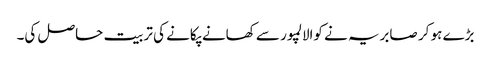
بڑے ہو کر صابریہ نے کوالالمپور سے کھانے پکانے کی تربیت حاصل کی۔